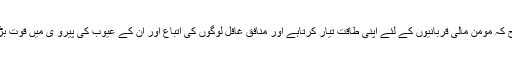
اس طرح کہ مومن مالی قربانیوں کے لئے اپنی طاقت تیار کرتاہے اور منافق غافل لوگوں کی اتباع اور ان کے عیوب کی پیرو ی میں قوت بڑھاتاہے۔